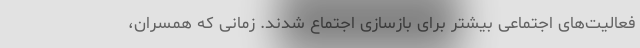
فعالیت‌های اجتماعی بیشتر برای بازسازی اجتماع شدند. زمانی که همسران،